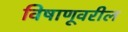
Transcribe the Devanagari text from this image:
विषाणूवरील